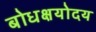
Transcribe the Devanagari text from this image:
बोधक्षयोदय